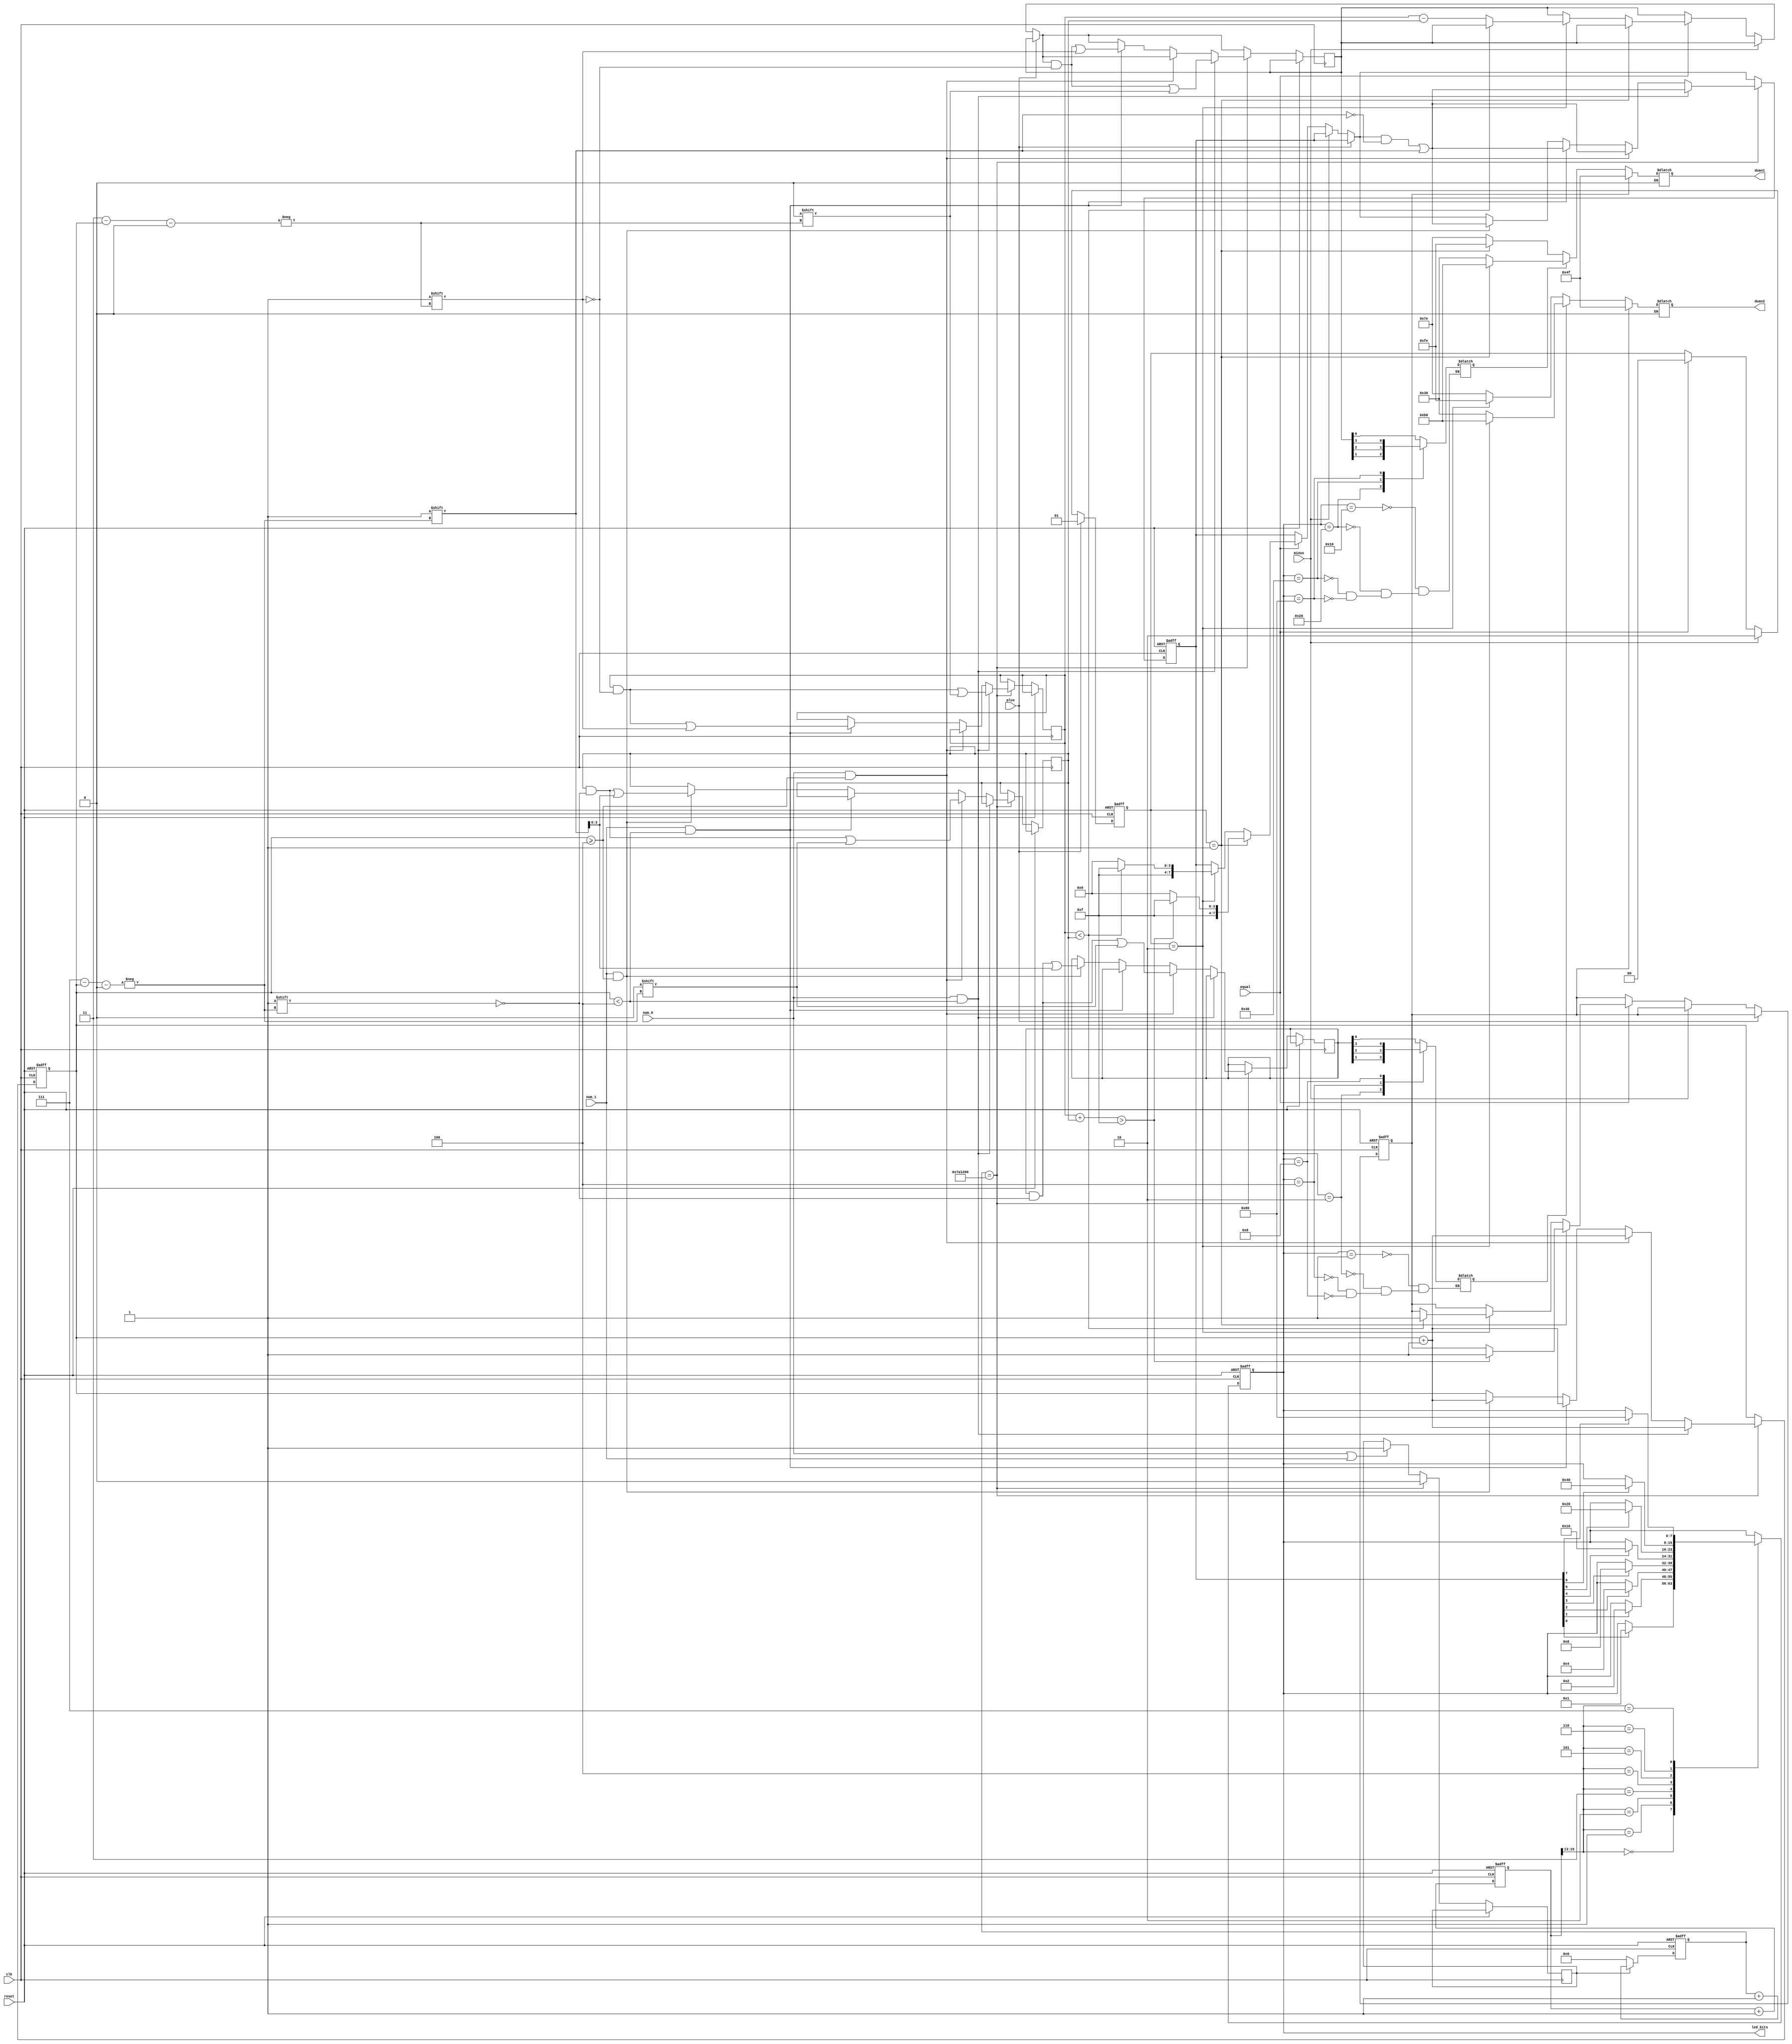
`timescale 1ns / 1ps
//////////////////////////////////////////////////////////////////////////////////
// Company: 
// Engineer: 
// 
// Design Name: 
// Module Name: Input
// Project Name: 
// Target Devices: 
// Tool Versions: 
// Description: 
// 
// Dependencies: 
// 
// Revision:
// Revision 0.01 - File Created
// Additional Comments:
// 
//////////////////////////////////////////////////////////////////////////////////


module my_calculator(
    input plus,//+
    input minus,//-
    input equal,//=
    input clk,//
    input num_0,//0
    input num_1,//1
    input reset,//
    output [7:0] duan1,//
    output [7:0] duan2,//
    output [7:0] led_bits//
    );
    reg [1:0] operator;//
    reg [4:0] cnt;//msblsb
    reg [3:0] firstn;//
    reg [3:0] secondn;//
    reg [7:0] f_led_bits;//
    reg [7:0] t_led_bits;//
    reg [7:0] t_duan1;//
    reg [7:0] t_duan2;//
    reg [35:0] clk_cnt;//
    reg num1;//
    reg num2;//
    reg [3:0] show1;//
    reg [3:0] show2;//
    reg flag;//2
    reg [32:0] clk_cnt2;//2
    reg error;//
    assign led_bits=t_led_bits;
    assign duan1=t_duan1;
    assign duan2=t_duan2;

    always@(posedge clk or posedge reset)//
    begin
        if (reset)//
        begin
            clk_cnt<=0;
            clk_cnt2<=33'b0;
        end
        else 
        begin
            clk_cnt<=clk_cnt+1;
            if (flag)//2
                clk_cnt2<=clk_cnt2+1;
            else if (flag==0)
                clk_cnt2<=33'b0;
        end
    end
    
    always@(posedge clk or posedge reset)//
    begin
        if (reset)
            t_led_bits<=8'b00000000;
        else
        begin
            case(clk_cnt[15:13])//
                0:
                    if (f_led_bits[0]==1)
                        t_led_bits<=8'b00000001;
                1:
                    if (f_led_bits[1]==1)
                        t_led_bits<=8'b00000010; 
                2:
                    if (f_led_bits[2]==1)         
                        t_led_bits<=8'b00000100;
                3:
                    if (f_led_bits[3]==1)           
                        t_led_bits<=8'b00001000;
                4:
                    if (f_led_bits[4]==1)
                        t_led_bits<=8'b00010000;
                5:
                    if (f_led_bits[5]==1)  
                        t_led_bits<=8'b00100000;
                6:
                    if (f_led_bits[6]==1)
                        t_led_bits<=8'b01000000;
                7:
                    if (f_led_bits[7]==1)        
                        t_led_bits<=8'b10000000;      
            endcase
        end
    end
      
    always@(t_led_bits)//
    begin
        case(t_led_bits[7:0])
            8'b00000001:
                num2<=show2[0];
            8'b00000010:
                num2<=show2[1];
            8'b00000100:
                num2<=show2[2];
            8'b00001000:
                num2<=show2[3];
            8'b00010000:
                num1<=show1[0];     
            8'b00100000:
                num1<=show1[1];
            8'b01000000:
                num1<=show1[2];
            8'b10000000:
                num1<=show1[3];
        endcase
    end
    
    always@(num1 or num2 or error)//
    begin
        if (error==1)//E
        begin
            t_duan1[7:0]<=8'b01001111;
            t_duan2[7:0]<=8'b01001111;
        end
        else//
        begin
            if (num1==0)
            begin
                if (operator==1)
                    t_duan1[7:0]<=8'b11111110;
                else t_duan1[7:0]<=8'b01111110;
            end
            else if (num1==1)
            begin
                if (operator==1)
                    t_duan1[7:0]<=8'b10110000;
                else t_duan1[7:0]<=8'b00110000;
            end
            if (num2==0)
            begin
                if (operator==2)
                    t_duan2[7:0]<=8'b11111110;
                else t_duan2[7:0]<=8'b01111110;
            end
            else if (num2==1)
            begin
                if (operator==2)
                    t_duan2[7:0]<=8'b10110000;
                else t_duan2[7:0]<=8'b00110000;
            end
        end
    end
    
    always@(posedge clk or posedge reset)//
    begin
        if (reset)
        begin
            error<=0;
            operator<=0;
            cnt<=0;
            f_led_bits[7:0]<=8'b00000000;
        end
        else
        begin
            if (plus)
                operator<=1;//+1
            else if (minus)
                operator<=2;//-2
            else if (equal)
            begin 
                if (operator==1)
                begin
                    if (firstn+secondn>15)//
                    begin
                        error<=1;
                        f_led_bits<=8'b11111111;
                    end
                    else
                    begin
                        show1[3:0]=firstn[3:0]+secondn[3:0];
                        f_led_bits<=8'b11110000;
                    end
                end     
                else if (operator==2)
                begin   
                    if (firstn[3:0]<secondn[3:0])//
                    begin
                        error<=1;
                        f_led_bits<=8'b11111111;
                    end
                    else
                    begin
                        show1[3:0]<=firstn[3:0]-secondn[3:0];   
                        f_led_bits<=8'b11110000;   
                    end
                end            
                operator<=0;
            end
            if (num_0||num_1)//
                flag<=1;
            if (clk_cnt2[32:0]==8000000)//280ms
            begin
                if (num_0&&cnt[4:0]<5'b00100)//0
                begin 
                    f_led_bits[5'b00111-cnt]<=1;//
                    firstn[5'b00011-cnt]<=0;//
                    show1[5'b00011-cnt]<=0;//
                    cnt<=cnt+1;//
                end
                else if (num_0&&cnt[4:0]>=5'b00100)
                begin
                    f_led_bits[5'b00111-cnt]<=1;
                    secondn[5'b00111-cnt]<=0;
                    show2[5'b00111-cnt]<=0;
                    cnt<=cnt+1;
                end               
                else if (num_1&&cnt[4:0]<5'b00100)
                begin
                    f_led_bits[5'b00111-cnt]<=1;
                    firstn[5'b00011-cnt]<=1;
                    show1[5'b00011-cnt]<=1;
                    cnt<=cnt+1;
                end
                else if (num_1&&cnt[4:0]>=5'b00100)
                begin
                    f_led_bits[5'b00111-cnt]<=1;
                    secondn[5'b00111-cnt]<=1;
                    show2[5'b00111-cnt]<=1;
                    cnt<=cnt+1;
                end              
                flag<=0;//
            end
        end
    end
        
endmodule